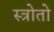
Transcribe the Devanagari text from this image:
स्त्रोतो